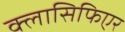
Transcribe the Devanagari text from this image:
क्लासिफिएर